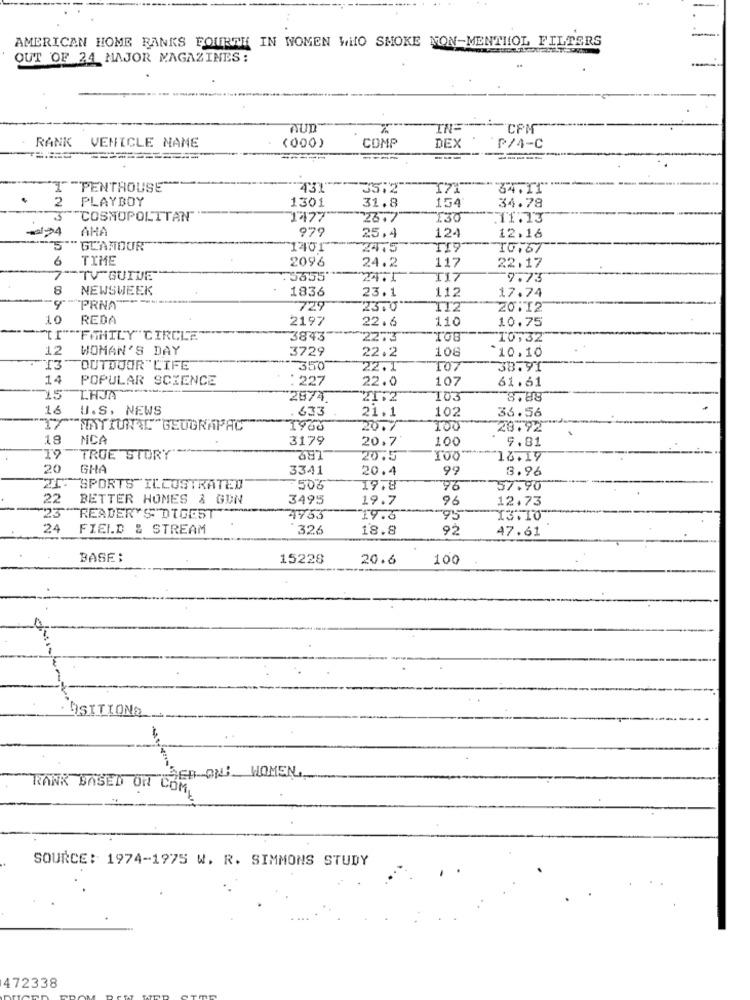
AMERICAN HOME RANKS FOURTH IN WOMEN WHO SMOKE NON-MENTHOL FILTERS
OUT OF 24 MAJOR MAGAZINES:
AUD
IN=
:CPM"
RANK VENICLE NAME
(000)
COMP
DEX
P/4-C
---
T "PENTHOUSE"
431
35:2
34.11
2
PLAYBOY
1301
31.8
154
34.78
COSMOPOLITAN
1477"
26.7
130
AHA
979
25,4
124
12.16
GLAMOUR
1401"
TI9
10.67
6
TIME
2096
24.2
117
22.17
TV"GUIVE"
75655
24. 1
T17
9.73
8
NEWSWEEK
1836
23.1
112
"PRNA"
17.74
729
23.0
TT2
20:12
10
REDA
2197
22.6
110
10.75
FAMILY CIRCLE
3843
2273
TOB
10,32
12
WOMAN'S DAY
3729
108
22.2
*10.10
03
OUTDOOR"LIFE
350
22.1
TO7
38.91
14
POPULAR SCIENCE
: 227
22.0
107
61.61
THJS -----
45
2874
21.2
8,88
16
U.S. NEWS
.633
36.56
21.1
102
1960
20.7
100
28.92
18
NCA
3179
100
9.81
20,7
19
TRUE STORY'
387
20.5
100-
18.17
20
GHA
3341
20.4
99
3.96
2. SPORTS ILLUSTRATED
506
19.8
96
57.90
22
BETTER HOMES & GUN
3495
19.7
96
12.73
23 READER'S DIGEST
4753
19.3
95
13.10
24
FIELD & STREAM
326
18.8
92
47.61
BASE:
15228
20.6
100
DSITIONS
SEB-ON. WOMEN ..
RANK BASED ON COM.
SOURCE: 1974-1975 W. R. SIMMONS STUDY
472338